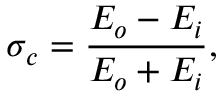
\sigma _ { c } = \frac { E _ { o } - E _ { i } } { E _ { o } + E _ { i } } ,